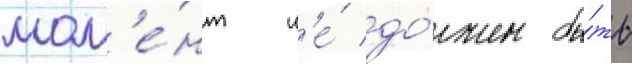
мом'е́нт н'е́ до́лжен бы́ть